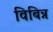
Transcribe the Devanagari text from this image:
विबिन्न